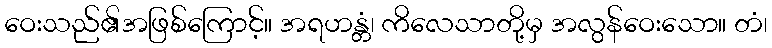
ဝေးသည်၏အဖြစ်ကြောင့်။ အရဟန္တံ၊ ကိလေသာတို့မှ အလွန်ဝေးသော။ တံ၊